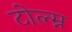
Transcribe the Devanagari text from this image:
टोल्म्न